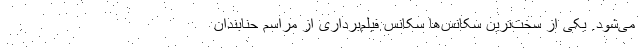
می‌شود. یکی از سخت‌ترین سکانس‌ها سکانس فیلم‌برداری از مراسم حنابندان